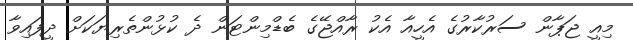
މިއީ ޖަޕާން ސަރުކާރުގެ އެހީއާ އެކު ރާއްޖޭގެ ބެޑްމިންޓަން ދެ ކުޅުންތެރިޔަކަށް ދީފައިވާ